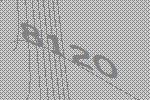
8120